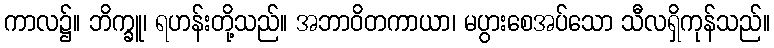
ကာလ၌။ ဘိက္ခူ၊ ရဟန်းတို့သည်။ အဘာဝိတကာယာ၊ မပွားစေအပ်သော သီလရှိကုန်သည်။